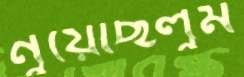
নুয়েছিলুম